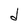
Character: d